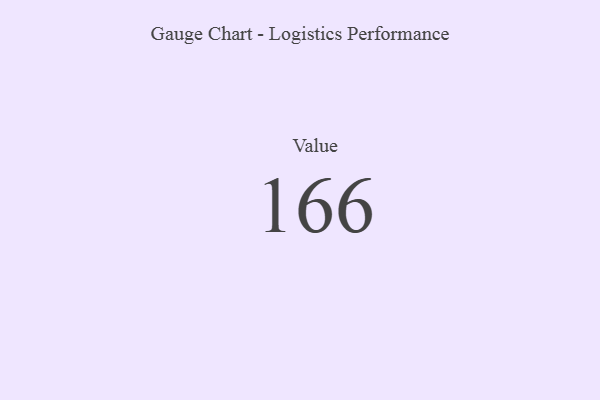
{"axis": {"x": "Metric", "y": "Value"}, "legend": [""], "data": [{"x": "Value", "y": 166, "type": ""}]}